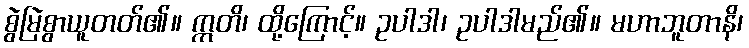
စွဲမြဲစွာယူတတ်၏။ ဣတိ၊ ထို့ကြောင့်။ ဥပါဒါ၊ ဥပါဒါမည်၏။ မဟာဘူတာနိ၊